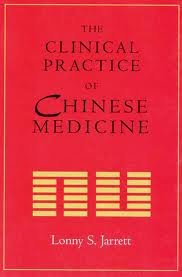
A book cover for THE CLINICAL PRACTICE OF CHINESE MEDICINE; Lonny Jarrett; Health, Fitness & Dieting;